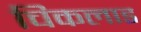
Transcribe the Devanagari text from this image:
चिकलाड